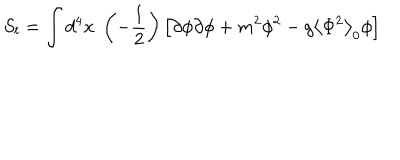
S _ { l } = \int d ^ { 4 } x \; \left( - \frac 1 2 \right) \left[ \partial \phi \partial \phi + m ^ { 2 } \phi ^ { 2 } - g \left\langle \Phi ^ { 2 } \right\rangle _ { 0 } \phi \right]